画像に写った文字を読んでください
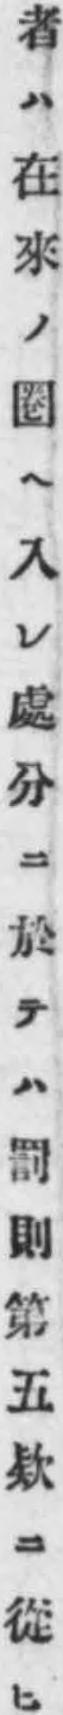
「者ハ在來ノ圈ヘ入レ處分ニ於テハ罰則第五欵ニ從ヒ」と書いてあります